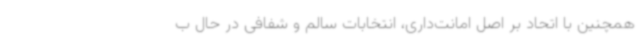
همچنین با اتحاد بر اصل امانت‌داری، انتخابات سالم و شفافی در حال ب